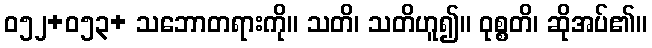
ဝ၅၂+၀၅၃+ သဘောတရားကို။ သတိ၊ သတိဟူ၍။ ဝုစ္စတိ၊ ဆိုအပ်၏။